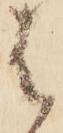
は